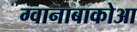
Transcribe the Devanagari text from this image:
ग्वानाबाकोआ